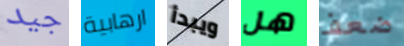
جيد ارهابية ويبدأ هل ضعف